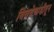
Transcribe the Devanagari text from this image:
बिबवेवाडीतून